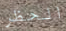
الحظر